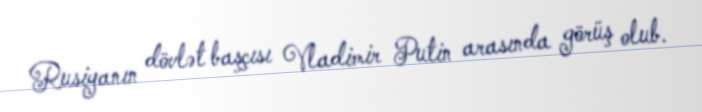
Rusiyanın dövlət başçısı Vladimir Putin arasında görüş olub.